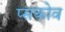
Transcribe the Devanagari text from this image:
प्सकोव